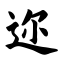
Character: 迩